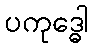
ပကုဒ္ဓေါ